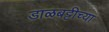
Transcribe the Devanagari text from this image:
डाळबट्टीच्या